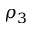
\rho _ { 3 }